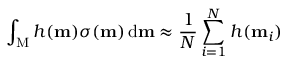
\int _ { \mathrm { M } } h ( \mathbf { m } ) \sigma ( \mathbf { m } ) \, \mathrm { d } \mathbf { m } \approx \frac { 1 } { N } \sum _ { i = 1 } ^ { N } h ( \mathbf { m } _ { i } )